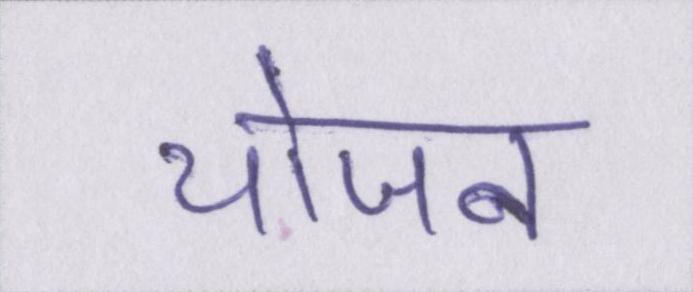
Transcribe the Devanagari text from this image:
योजन